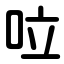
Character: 㕸